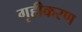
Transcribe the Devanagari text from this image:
गृहीकरण